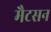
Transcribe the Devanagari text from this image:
मैटसन